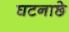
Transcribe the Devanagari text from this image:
घटनाछे